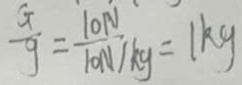
\frac { G } { g } = \frac { 1 0 N } { 1 0 N / k g } = 1 k g